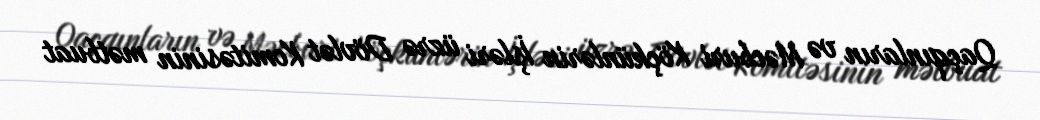
Qaçqınların və Məcburi Köçkünlərin İşləri üzrə Dövlət Komitəsinin mətbuat